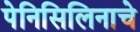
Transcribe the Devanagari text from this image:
पेनिसिलिनाचे